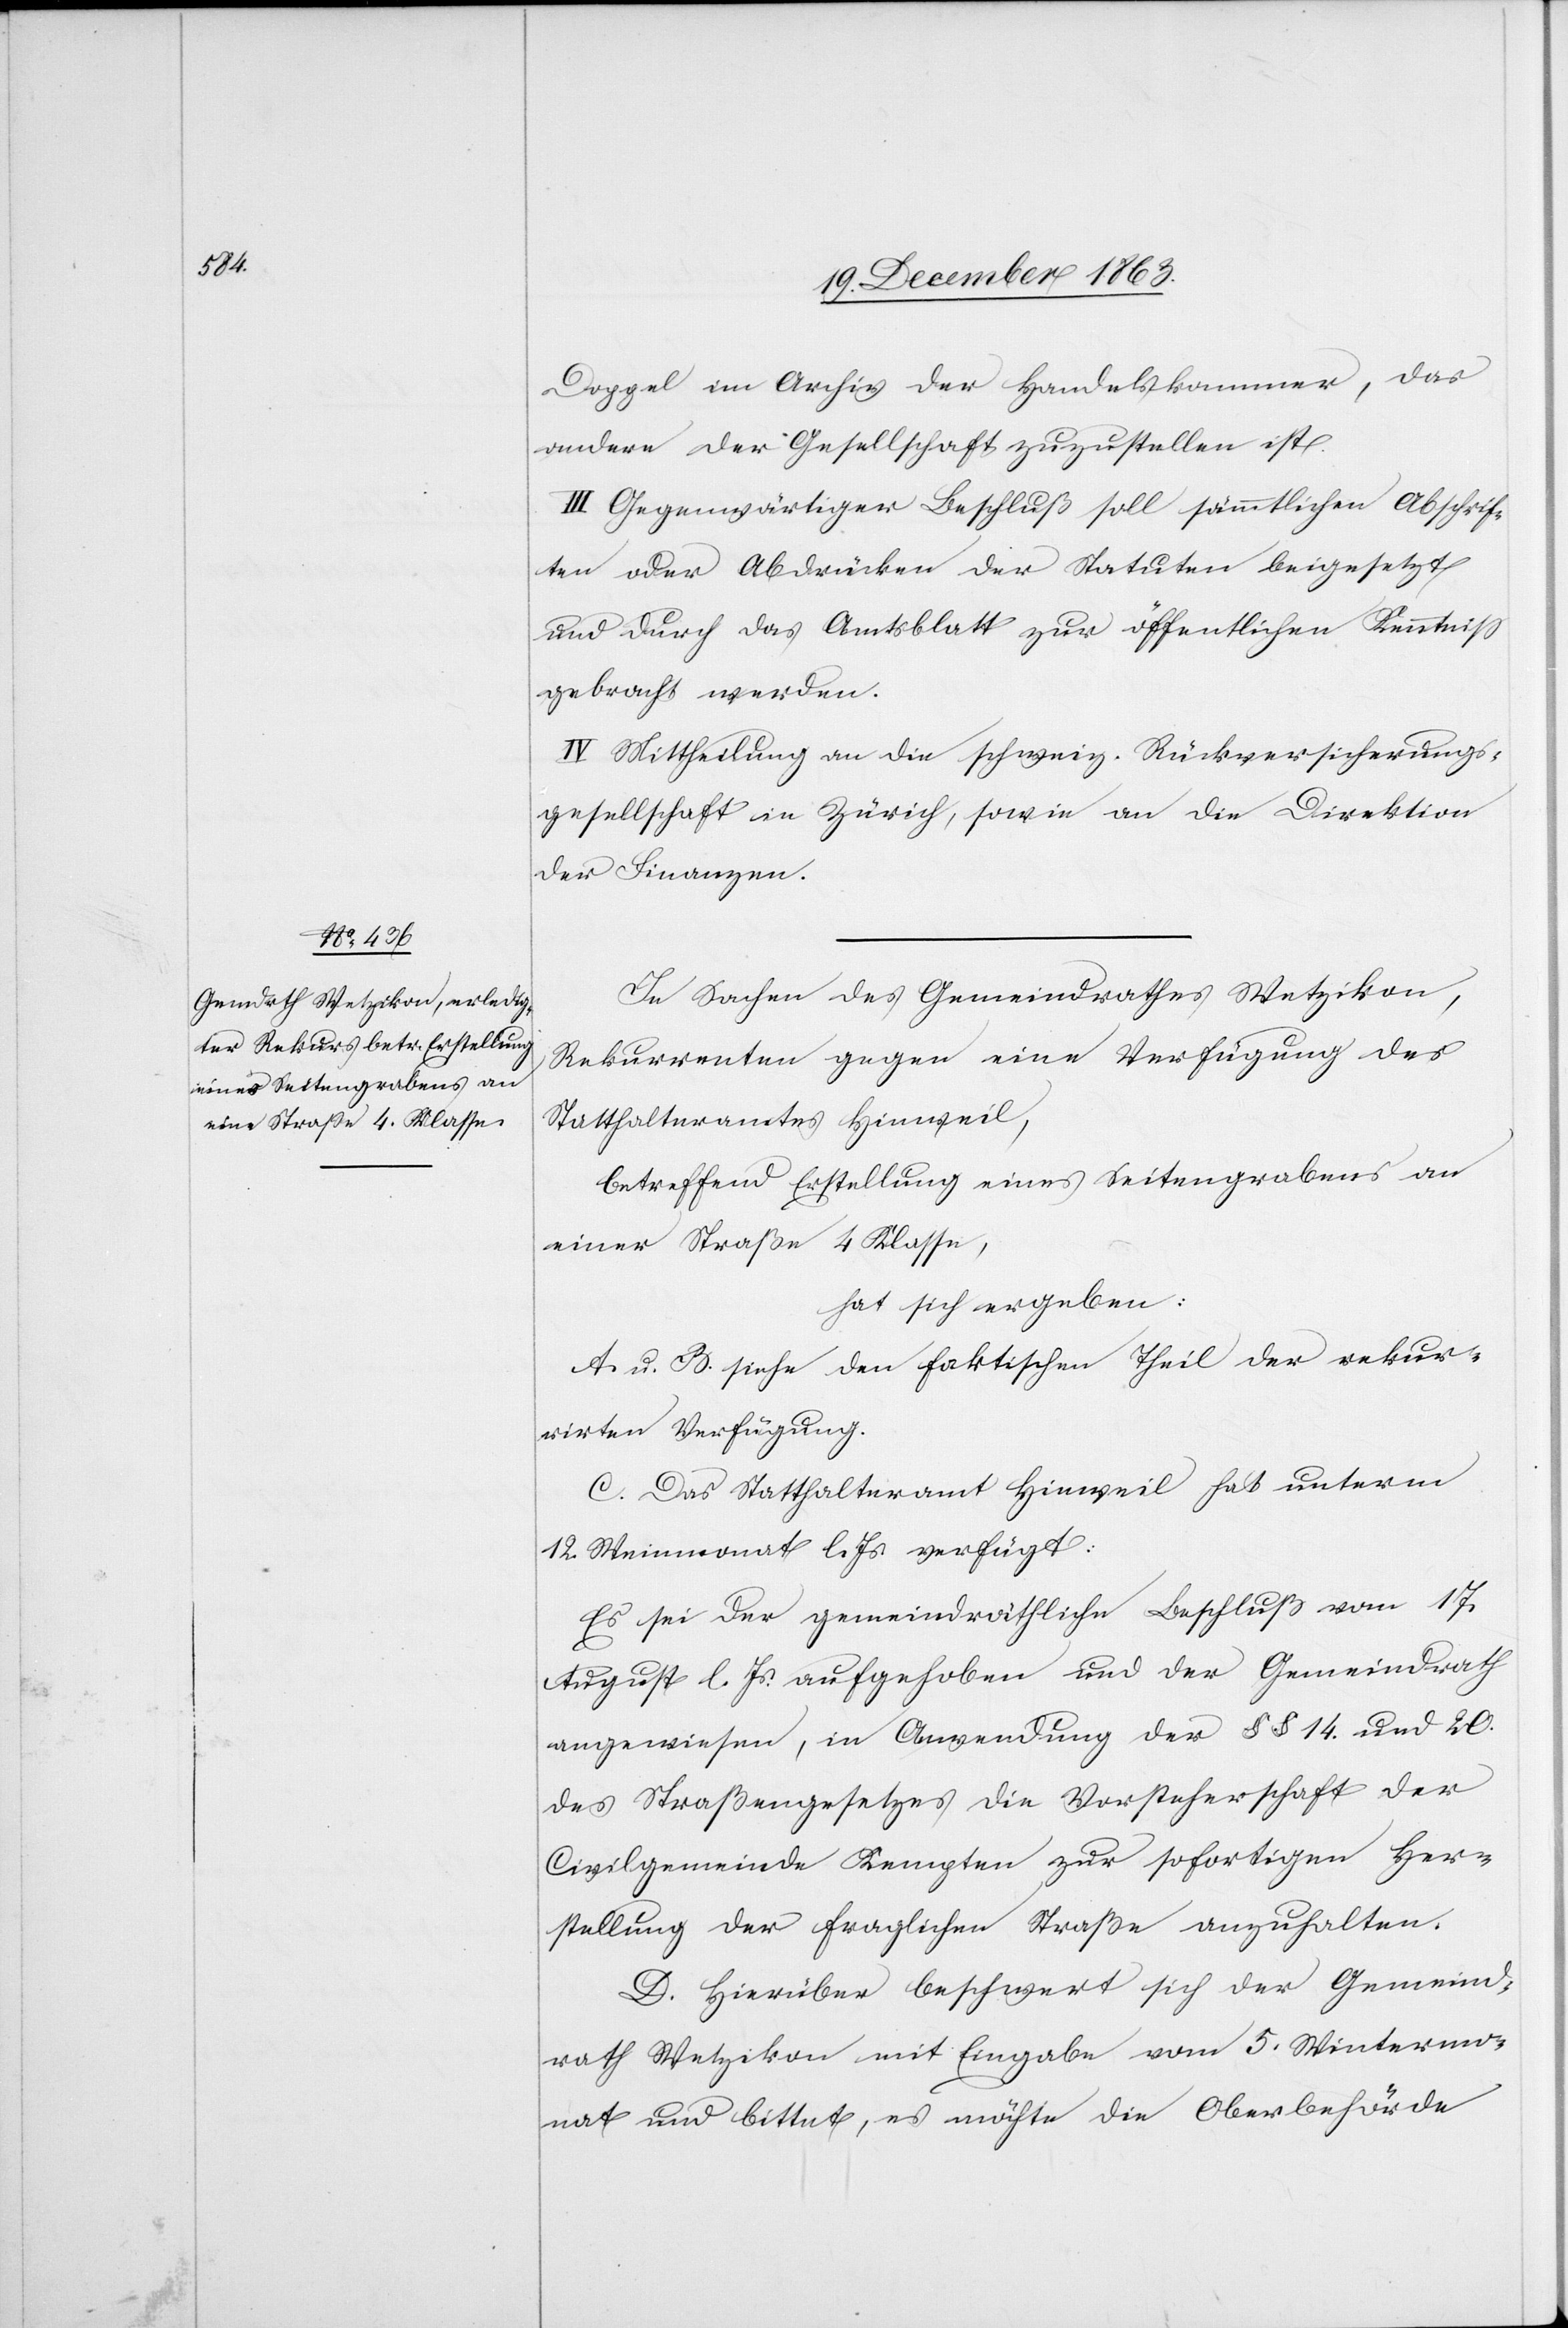
Doppel im Archiv der Handelskammer, das
andere der Gesellschaft zuzustellen ist.
III. Gegenwärtiger Beschluß soll sämmtlichen Abschrif¬
ten oder Abdrücken der Statuten beigesetzt
und durch das Amtsblatt zur öffentlichen Kenntniss
gebracht werden.
IV. Mittheilung an die schweiz. Rückversicherungs¬
gesellschaft in Zürich, sowie an die Direktion
der Finanzen.
In Sachen des Gemeindrathes Wetzikon,
Rekurrenten gegen eine Verfügung des
Statthalteramtes Hinweil,
betreffend Erstellung eines Seitengrabens an
einer Straße 4 Klasse,
hat sich ergeben:
A. u. B. siehe den faktischen Theil der rekur¬
rirten Verfügung.
C. Das Statthalteramt Hinweil hat unterm
12. Weinmonat l. Js. verfügt:
Es sei der gemeindräthliche Beschluß vom 17.
August l. Js. aufgehoben und der Gemeindrath
angewiesen, in Anwendung der §§ 14. und 20.
des Straßengesetzes die Vorsteherschaft der
Civilgemeinde Kempten zur sofortigen Her¬
stellung der fraglichen Straße anzuhalten.
D. Hierüber beschwert sich der Gemeind¬
rath Wetzikon mit Eingabe vom 5. Wintermo¬
nat und bittet, es möchte die Oberbehörde